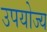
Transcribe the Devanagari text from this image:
उपयोज्य